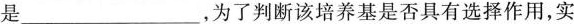
是___，为了判断该培养基是否具有选择作用，实